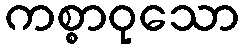
ကစ္စာဝုသော